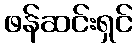
ဖန်ဆင်းရှင်